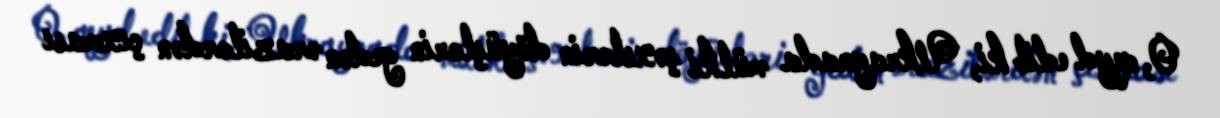
O, qeyd edib ki, Ukraynada mülki şəxslərin döyüşlərin gedən ərazilərdən çıxması